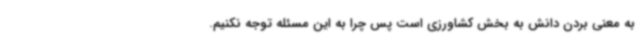
به معنی بردن دانش به بخش کشاورزی است پس چرا به این مسئله توجه نکنیم.